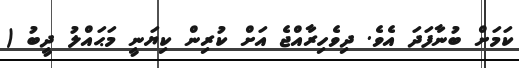
ކަމަށް ބުނާފަދަ އެވެ. ދިވެހިރާއްޖެ އަށް ކުރިން ކިޔަނީ މަޙައްލު ދީބު (